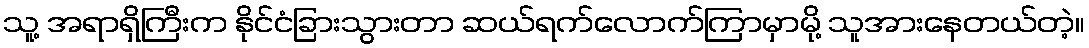
သူ့ အရာရှိကြီးက နိုင်ငံခြားသွားတာ ဆယ်ရက်လောက်ကြာမှာမို့ သူအားနေတယ်တဲ့။